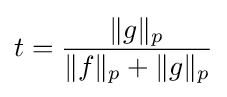
t={\frac {\Vert g\Vert _{p}}{\Vert f\Vert _{p}+\Vert g\Vert _{p}}}